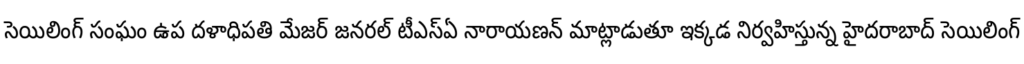
సెయిలింగ్ సంఘం ఉప దళాధిపతి మేజర్ జనరల్ టీఎస్ఏ నారాయణన్ మాట్లాడుతూ ఇక్కడ నిర్వహిస్తున్న హైదరాబాద్ సెయిలింగ్